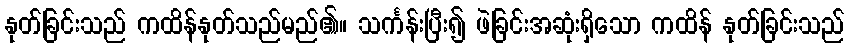
နုတ်ခြင်းသည် ကထိန်နုတ်သည်မည်၏။ သင်္ကန်းပြီး၍ ဖဲခြင်းအဆုံးရှိသော ကထိန် နုတ်ခြင်းသည်